Vaccination North-Western Provinces and Oudh 1878-1895 - 1878-1895
Year: 1878
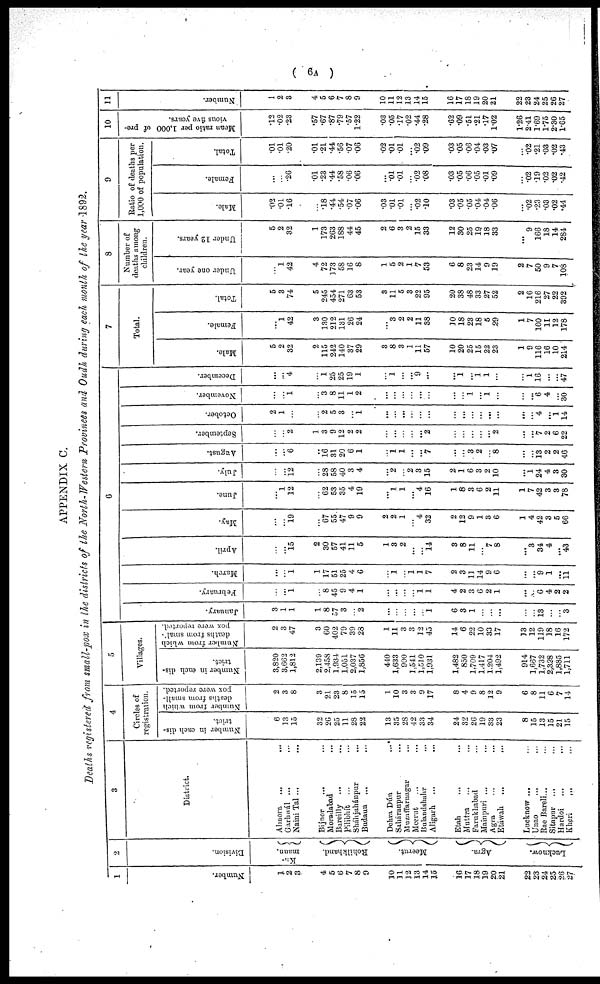
( 6A )
APPENDIX C.
Deaths registered from small-pox in the districts of the North-Western Provinces and Oudh during each month of the year 1892.
1
Number.
1
2
3
4
5
6
7
8
9
10
11
12
13
14
15
16
17
18
19
20
21
22
23
24
25
26
27
2
Division.
Ku¬
maun.
Rohilkhand.
Meerut.
Agra.
Lucknow.
3
District.
Almora
... ...
Garhwál ...
Naini Tal ... ...
Bijnor
... ...
Moradabad ...
Bareilly ... ...
Pilibhít
...
Sháhjahánpur ...
Budaun ... ...
Dehra Dún
...
Saháranpur ...
Muzaffarnagar ...
Meerut ... ...
Bulandshahr
...
Aligarh ... ...
Etah ... ...
Muttra ... ...
Farukhabad ...
Mainpuri ... ...
Agra ... ...
Etáwah
...
...
Lucknow ... ...
Unao ... ...
Rae Bareli... ...
Sitapur
... ...
Hardoi ... ...
Kheri ... ...
4
Circles of
registration.
Number in each dis-
trict.
6
13
15
32
26
25
11
28
22
13
35
28
42
33
34
24
32
26
19
33
23
8
15
13
15
21
15
Number from which
deaths from small¬
pox were reported.
2
3
8
3
21
23
8
15
15
1
10
3
3
9
17
8
4
9
8
12
9
6
8
11
6
7
14
5
Villages.
Number in each dis-
trict.
3,820
3,662
1,812
2,139
2,458
1,934
1,051
2,037
1,856
440
1,633
900
1,541
1,510
1,931
1,482
850
1,709
1,417
1,204
1,492
914
1,667
1,732
2,328
1,885
1,711
Number from which
deaths from small¬
pox were reported.
2
3
47
3
60
402
79
39
28
1
11
3
3
12
45
14
6
22
10
33
17
13
12
119
18
16
172
6
January.
3
1
1
1
8
57
3
...
2
...
...
...
...
...
1
6
3
1
...
...
...
...
...
13
...
...
3
February.
...
...
1
...
8
45
9
4
1
...
...
...
...
1
1
4
2
3
6
2
1
...
...
6
4
2
2
March.
...
...
1
1
17
51
25
4
6
...
1
...
1 1
7
2
3
11
14
9
6
...
...
9
1
...
11
April.
...
...
15
2
30
57
41
11
5
1
3
2
...
...
14
3
8
11
...
7
8
...
3
34
4
...
43
May.
...
...
19
...
67
55
47
9
9
2
2
1
...
4
32
2
12
9
1
3
6
1
4
42
3
5
66
June.
...
1
12
...
62
53
35
4
19
. ..
1
1
...
4
16
1
8
3
6
2
11
1
7
42
3
3
78
July.
...
12
...
28
58
40
3
4
...
2
...
2
3
15
2
1
6
3
2
10
...
1
24
4
3
30
August.
...
...
6
...
16
31
20
6
1
...
1
1
...
...
7
...
...
3
2
...
8
...
...
13
2
2
46
September.
...
...
2
1
3
9
12
2
2
...
...
...
...
...
2
...
...
...
...
...
2
...
...
7
2
6
22
October.
2
1
...
...
2
5
3
...
1
...
...
...
...
...
...
...
...
...
...
...
...
...
...
4
...
1
14
November.
...
...
1
...
3
8
11
1
2
...
...
...
...
...
...
...
...
1
...
1
...
...
...
6
4
...
30
December.
...
...
4
...
1
25
25
19
1
...
1
...
...
9
...
...
1
...
1
1
...
...
1
16
...
...
47
7
Total.
Male.
5
2
32
2
115
242
140
37
29
3
8
3
1
11
57
10
20
25
15
22
23
1
9
116
16
10
214
Female.
...
1
42
3
130
212
131
26
24
...
3
2
2
11
38
30
18
23
18
5
29
1
7
100
11
12
178
Total.
5
3
74
5
245
454
271
63
53
3
11
5
3
22
95
20
38
48
33
27
52
2
16
216
27
22
392
8
Number of
deaths among
children.
Under one year.
...
1
42
4
72
173
58
16
8
1
5
2
1
7
53
6
8
23
14
9
19
2
7
50
9
7
108
Under 12 years.
5
2
32
1
173
263
188
44
45
2
6
3
2
15
33
12
30
25
19
18
33
...
9
166
18
14
284
9
Ratio of deaths per
1,000 of population.
Male.
.02
.01
.16
...
.18
.44
.54
.07
.06
.03
.01
.01
...
.02
.10
.03
.05
.05
.04
.04
.06
...
.02
.23
.03
.02
.44
Female.
...
...
.26
.01
.23
.44
.58
.06
.06
...
.01
.01
...
.02
.08
.03
.05
.06
.05
.01
.09
...
.02
.19
.02
.02
.42
Total.
.01
.01
.20
.01
.21
.44
.56
.07
.06
.02
.01
.01
...
.02
.09
.03
.05
.06
.04
.03
.07
...
.02
.21
.03
.02
.43
10
Mean ratio per 1,000 of pre-
vious five years.
.12
.02
.23
.57
.67
.87
.79
.57
1.22
.03
.05
.17
.02
.44
.28
.62
.09
.51
.21
.17
1.02
1.26
2.41
1.69
1.75
2.30
1.65
11
Number.
1
2
3
4
5
6
7
8
9
10
11
12
13
14
15
16
17
18
19
20
21
22
23
24
25
26
27